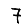
Digit: 7